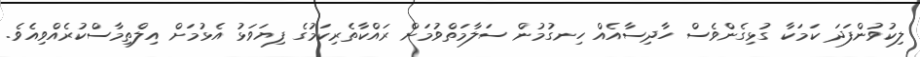
ލިކުވުންފަދަ ކަމަކާ ގުޅިގެންވެސް ހާދިސާއެއް ހިނގުމުން ސަލާމަތްވުމަށް ރައްކާތެރިކަމުގެ ފިޔަވަޅު އެޅުމަށް އިލްތިމާސްކުރެއްވިއެވެ.